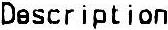
DESCRIPTION